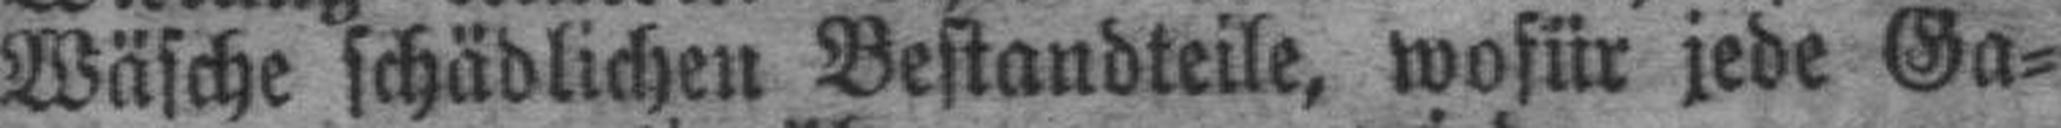
Wäsche schädlichen Bestandteile, wofür jede Ga¬